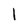
Character: l